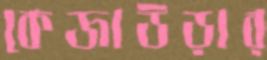
কেজাউড়ার